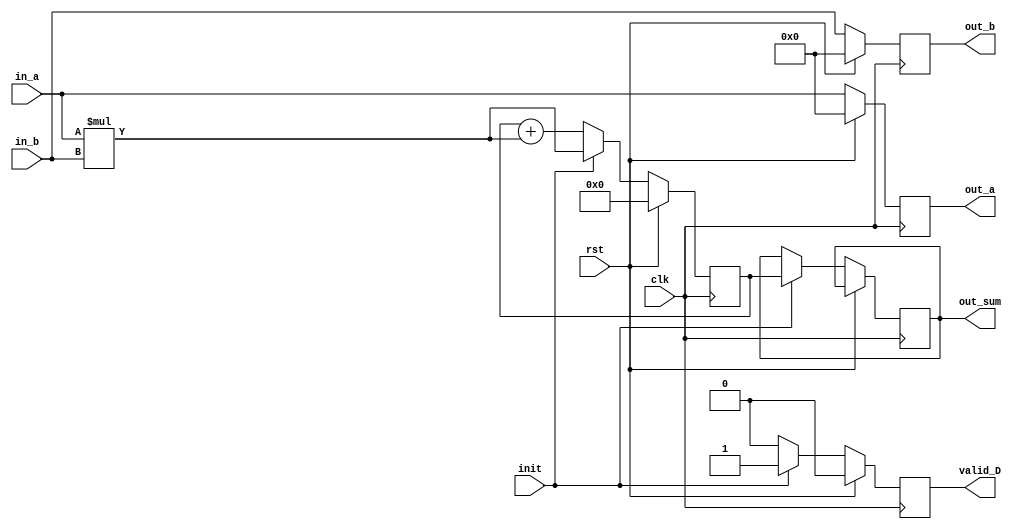
`timescale 1 ps / 1 ps

module pe
#(
    parameter   D_W_ACC  = 64, //accumulator data width
    parameter   D_W      = 32  //operand data width
)
(
    input   wire                  clk,
    input   wire                  rst,
    input   wire                  init,
    input   wire    [D_W-1:0]     in_a,
    input   wire    [D_W-1:0]     in_b,
    output  reg     [D_W_ACC-1:0] out_sum,
    output  reg     [D_W-1:0]     out_b,
    output  reg     [D_W-1:0]     out_a,
    output  wire                  valid_D
);

// enter your RTL here
reg reg_1=0;
reg [D_W_ACC-1:0] buffer;
assign valid_D = reg_1;

always@(posedge clk) begin
    if (rst) begin	
        buffer <= 0;
        out_a <=0;
        out_b <=0;
        reg_1 <= 0;
    end

    else if(init)begin
        out_sum <= buffer;
        buffer <= in_a * in_b;
        reg_1 <= 1;
	out_a <= in_a;
	out_b <= in_b;
    end
    else begin
        out_a <=  in_a;
        out_b <=  in_b;
        buffer <= buffer + in_a * in_b;
        reg_1 <=0;
    end
end
endmodule